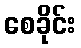
စေခိုင်း